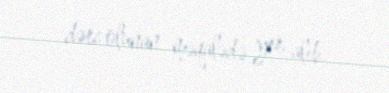
dərc olunan məqalədə yer alıb.